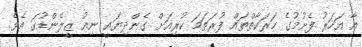
އާ އަހަރު ފެށުމުގެ ހަރަކާތްތައް ފުރަތަމަ ކުރިއަށް ގެންދިޔައީ ނިއު ޒީލެންޑުގަ އެވެ.